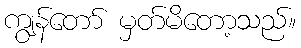
ကျွန်တော် မှတ်မိတော့သည်။